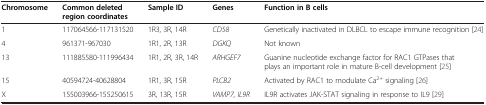
<table><thead><tr><td><b>Chromosome</b></td><td><b>Common deleted region coordinates</b></td><td><b>Sample ID</b></td><td><b>Genes</b></td><td><b>Function in B cells</b></td></tr></thead><tbody><tr><td>1</td><td>117064566-117131520</td><td>1R3, 3R, 14R</td><td><i>CD58</i></td><td>Genetically inactivated in DLBCL to escape immune recognition [24]</td></tr><tr><td>4</td><td>961371-967030</td><td>1R1, 2R, 13R</td><td><i>DGKQ</i></td><td>Not known</td></tr><tr><td>13</td><td>111885580-111996434</td><td>1R1, 2R, 3R, 14R</td><td><i>ARHGEF7</i></td><td>Guanine nucleotide exchange factor for RAC1 GTPases that plays an important role in mature B-cell development [25]</td></tr><tr><td>15</td><td>40594724-40628804</td><td>1R1, 3R, 15R</td><td><i>PLCB2</i></td><td>Activated by RAC1 to modulate Ca<sup>2+</sup> signaling [26]</td></tr><tr><td>X</td><td>155003966-155250615</td><td>3R, 13R, 15R</td><td><i>VAMP7, IL9R</i></td><td>IL9R activates JAK-STAT signaling in response to IL9 [29]</td></tr></tbody></table>